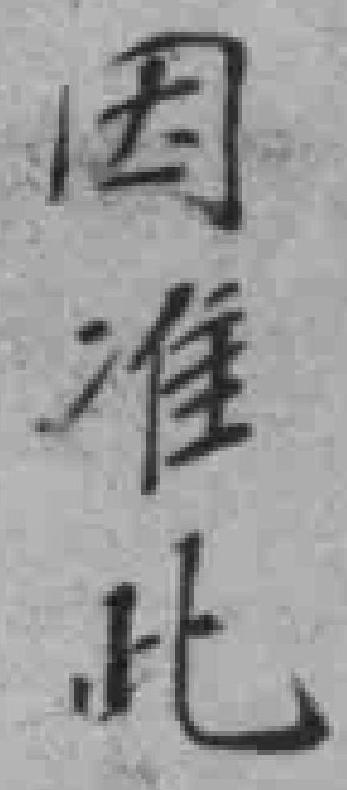
因准此